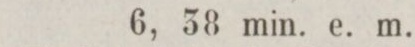
6, 38 min. e. m.